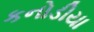
કનોડીયા